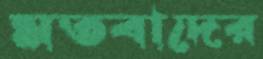
মতবাদের